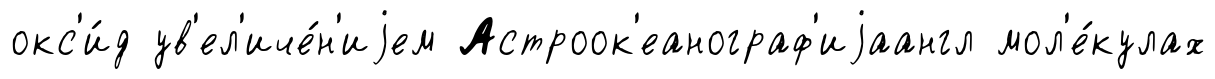
окс'и́д ув'ел'иче́н'иjем Астроок'еанограф'иjаангл мол'е́кулах